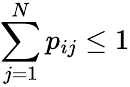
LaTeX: \sum_{j=1}^{N}p_{ij}\leq 1